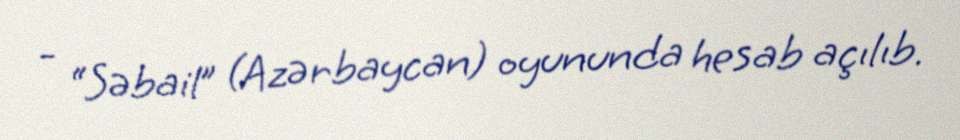
- “Səbail” (Azərbaycan) oyununda hesab açılıb.